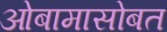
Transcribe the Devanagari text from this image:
ओबामासोबत